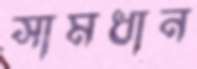
সামধান